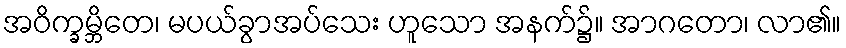
အဝိက္ခမ္ဘိတေ၊ မပယ်ခွာအပ်သေး ဟူသော အနက်၌။ အာဂတော၊ လာ၏။